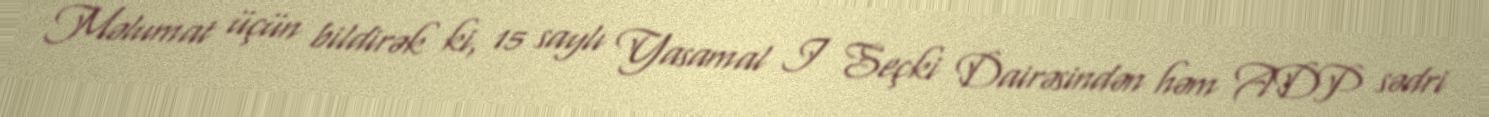
Məlumat üçün bildirək ki, 15 saylı Yasamal I Seçki Dairəsindən həm ADP sədri